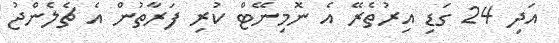
އަދި 24 ގަޑި އިރުތެރޭ އެ ނޮމިނޭޓް ކުރި ފަރާތުން އެ ޗެލެންޖު